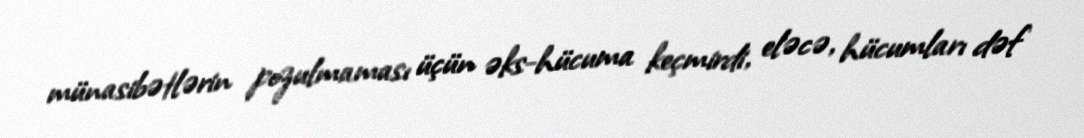
münasibətlərin pozulmaması üçün əks-hücuma keçmirdi, eləcə, hücumları dəf